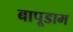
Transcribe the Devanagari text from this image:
बापूडाम